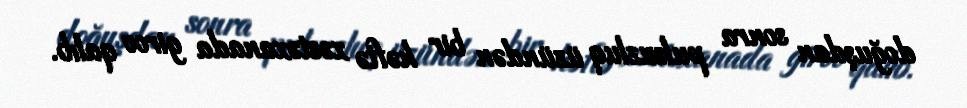
doğuşdan sonra pulsuzluq üzündən bir həftə xəstəxanada girov qalıb.